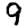
Digit: 9